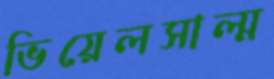
ভিয়েলসাল্ম